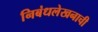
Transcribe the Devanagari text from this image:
निबंधलेखनाची